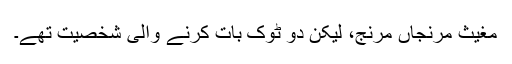
مغیث مرنجاں مرنج، لیکن دو ٹوک بات کرنے والی شخصیت تھے۔